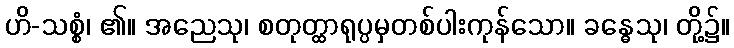
ဟိ-သစ္စံ၊ ၏။ အညေသု၊ စတုတ္ထာရုပ္ပမှတစ်ပါးကုန်သော။ ခန္ဓေသု၊ တို့၌။